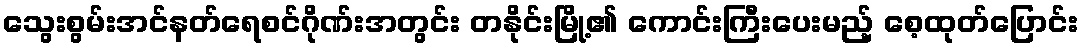
သွေးစွမ်းအင်နတ်ရေစင်ဂိုဏ်းအတွင်း တနိုင်းမြို့၏ ကောင်းကြီးပေးမည့် စေ့ထုတ်ပြောင်း